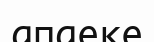
апаеке